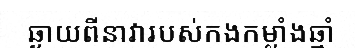
ឆ្ងាយពីនាវារបស់កងកម្លាំងឆ្មាំ